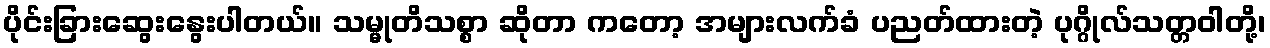
ပိုင်းခြားဆွေးနွေးပါတယ်။ သမ္မုတိသစ္စာ ဆိုတာ ကတော့ အများလက်ခံ ပညတ်ထားတဲ့ ပုဂ္ဂိုလ်သတ္တဝါတို့၊